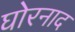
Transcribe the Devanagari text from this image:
घोरनाद